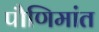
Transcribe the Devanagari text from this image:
पौणिमांत